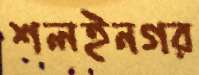
শলইনগর